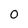
Character: 0